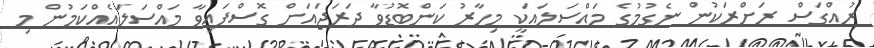
ރުއްގަސް ރަށްރަކުން ނެގުމުގެ މައްސަލައަކީ މިހާރު ކަންބޮޑުވާ ދަރަޖައަށް ގޮސްފައިވާ މައްސަލައެއްކަމުން މި